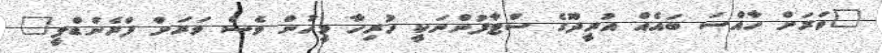
"ވަރަށް ހާއްސަ ބައެއް އުރީދޫގެ ސްޓާފުންނަކީ ހުރިހާ މީހުން ވެސް ވަރަށް ފްރެންޑްލީ"